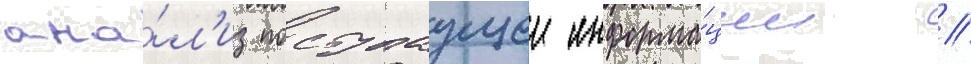
ана́л'из поступаущеи информа́ции //